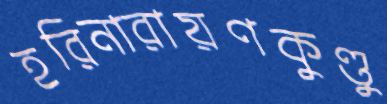
হরিনারায়ণকুণ্ডু